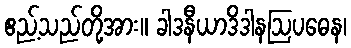
ဧည့်သည်တို့အား။ ခါဒနီယာဒိဒါနဩပဓေန၊